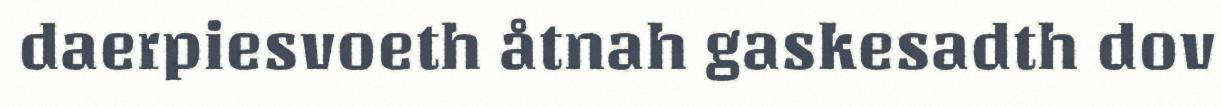
daerpiesvoeth åtnah gaskesadth dov